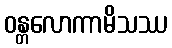
ဝန္တလောကာမိသဿ